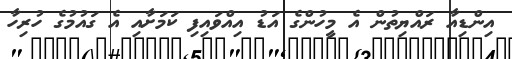
އިންޑިއާ ރައްޔިތުން އެ މީހުންގެ އަޑު އިއްވައިފި ކަމަށާއި އެ ގައުމުގެ ހުރިހާ